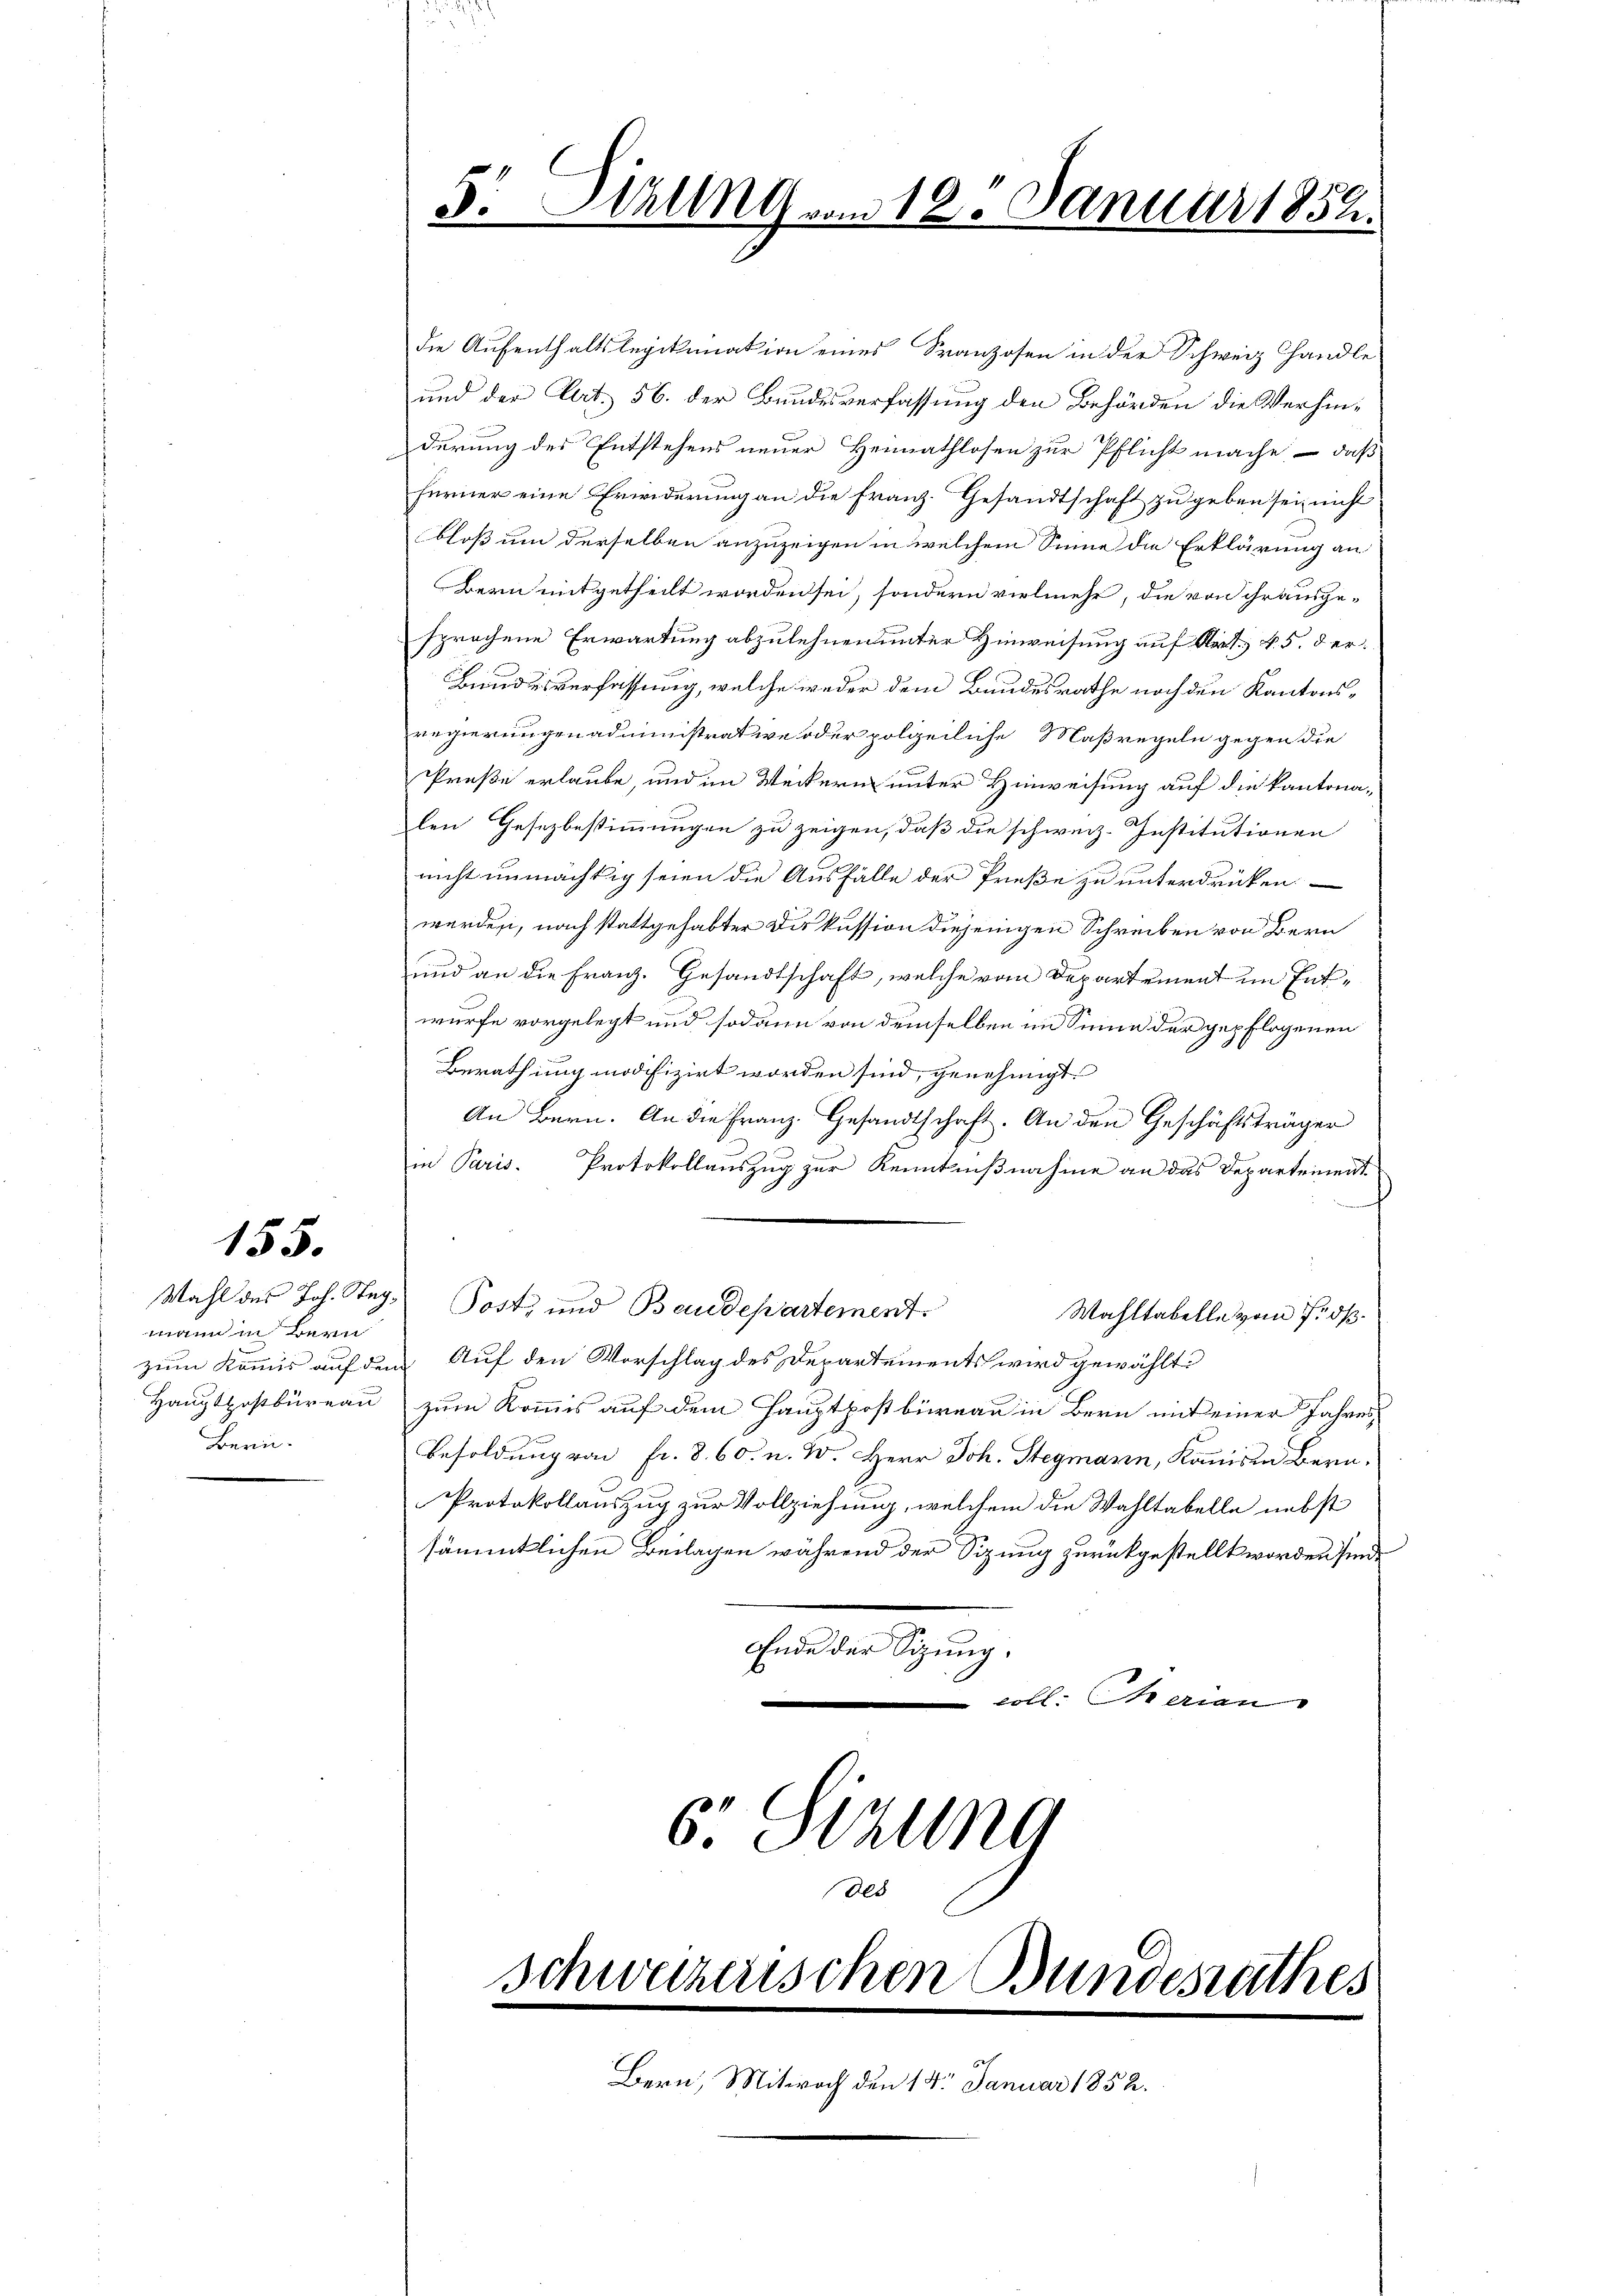
155.

wann in Bern
Bern.

Sirung vom 12. Januar 1852.
F.
.

die Aufenthaltslegitimation eines Franzosen in der Schweiz Handle
und der Art. 56. der Bundesverfassung den Behörden die Verhinderung des Entstehens neuer Heimathlosen zur Pflicht mache, – daß
ferner eine Erwiderung an die Franz. Gesandtschaft zu geben sei nicht
bloß um derselben anzuzeigen in welchem Sinne die Erklärung an
Bern mitgetheilt worden sei, sondern vielmehr, die von ihr ausgesprochene Erwartung abzulehnen unter Hinweisung auf Art. v. 5. der¬
Bundesverfassung, welche weder dem Bundesrathe noch den Kantonsregierungen administrative oder polizeiliche Maßregeln gegen die
Preße erlaube, und im Weckern unter Hinweisung auf die kantonalen Gesezbestimmungen zu zeigen, daß die schweiz. Institutionen
nicht unmächtig seien die Ausfälle der Preße zu unterdrücken.
werden, nach stattgehabter Diskussion diejenigen Schreiben von Bern
und an die Franz. Gesandtschaft, welche vom Departement im Entwürfe vorgelegt und sodann von demselben im Sinne der gepflogenen
Berathung modifizirt worden sind, genehmigt.
An Bern. An die Franz. Gesandtschaft. An den Geschäftsträger
in Paris. Protokollauszug zur Kenntnißnahme an das Departementf
Wahl des Joh. Stag Post, und Baudepartement
Wahltabelle vom Fids.
zum Kommis auf dem Auf den Vorschlag des Departements wird gewählt.
Hauptpostbüreau zum Kommis auf dem Hauptpostbüreau in Bern mit einer Jahres¬
Besoldung von fr. 8. 60 u. W. Herr Joh. Stegmann, Kamis in Bern,
Protokollauszug zur Vollziehung, welchem die Wahltabelle nebst
sämmtlichen Beilagen während der Sizung zurückgestellt worden sind.
Ende der Sitzung,
voll. Marien
6. Sizung
Al

schweizerischen Bundesrathes

Bern, Mitwoch den 18. Januar 1852.